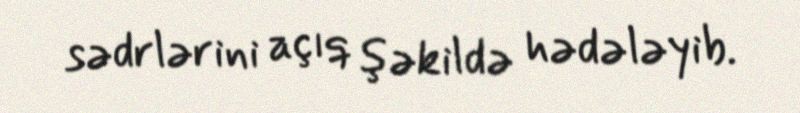
sədrlərini açıq şəkildə hədələyib.